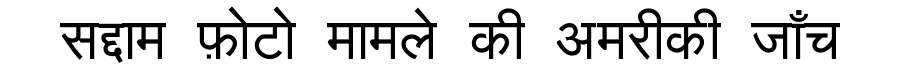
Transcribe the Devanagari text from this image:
सद्दाम फ़ोटो मामले की अमरीकी जाँच